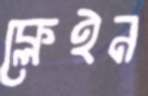
ক্লেইন